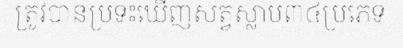
ត្រូវបានប្រទះឃើញសត្វស្លាប៣៤ប្រភេទ